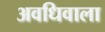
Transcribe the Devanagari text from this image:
अवधिवाला